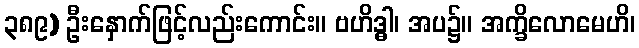
၃၈၉) ဦးနှောက်ဖြင့်လည်းကောင်း။ ဗဟိဒ္ဓါ၊ အပ၌။ အက္ခိလောမေဟိ၊